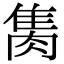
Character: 𨿇